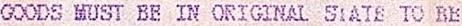
GOODS MUST BE IN ORIGINAL STATE TO BE